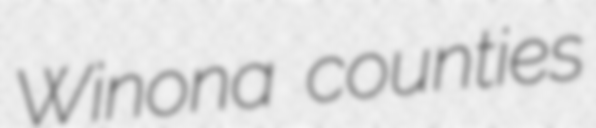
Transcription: Winona counties